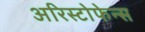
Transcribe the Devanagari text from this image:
अरिस्टोफेन्स